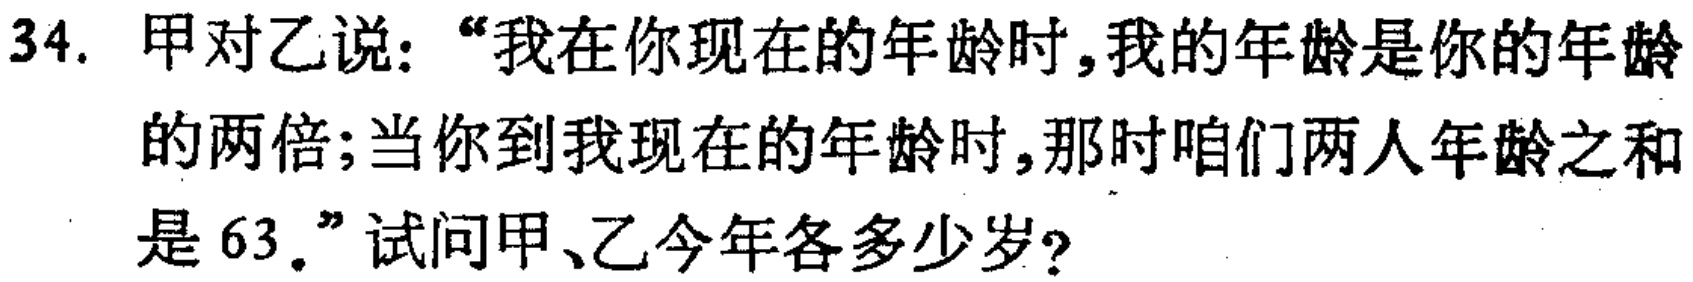
34. 甲对乙说：“我在你现在的年龄时，我的年龄是你的年龄的两倍；当你到我现在的年龄时，那时咱们两人年龄之和是 63。”试问甲、乙今年各多少岁？